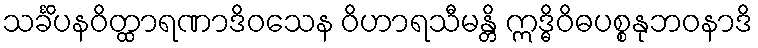
သင်္ခိပနဝိတ္ထာရဏာဒိဝသေန ဝိဟာရသီမန္တိ ဣဒ္ဓိဝိဓပစ္စနုဘဝနာဒိ